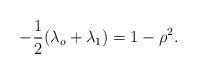
LaTeX: \begin{align*}-\frac{1}{2}(\lambda_o+\lambda_1)=1-\rho^2.\end{align*}